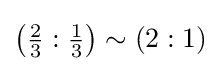
\left({\tfrac {2}{3}}:{\tfrac {1}{3}}\right)\sim (2:1)